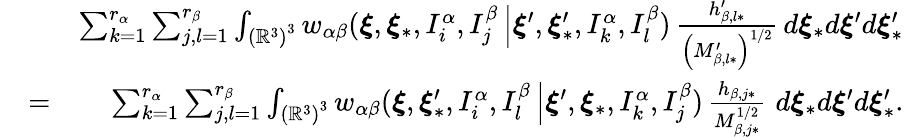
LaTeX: \begin{array}{rlr}&{}&{\sum_{k=1}^{r_{\alpha}}\sum_{j,l=1}^{r_{\beta}}\int_{\left(\mathbb{R}^{3}\right)^{3}}w_{\alpha\beta}(\boldsymbol{\xi},\boldsymbol{\xi}_{\ast},I_{i}^{\alpha},I_{j}^{\beta}\left\vert\boldsymbol{\xi}^{\prime},\boldsymbol{\xi}_{\ast}^{\prime},I_{k}^{\alpha},I_{l}^{\beta}\right.)\, \frac{h_{\beta,l\ast}^{\prime}}{\left(M_{\beta,l\ast}^{\prime}\right)^{1/2}}\, d\boldsymbol{\xi}_{\ast}d\boldsymbol{\xi}^{\prime}d\boldsymbol{\xi}_{\ast}^{\prime}}\\ &{=}&{\sum_{k=1}^{r_{\alpha}}\sum_{j,l=1}^{r_{\beta}}\int_{\left(\mathbb{R}^{3}\right)^{3}}w_{\alpha\beta}(\boldsymbol{\xi},\boldsymbol{\xi}_{\ast}^{\prime},I_{i}^{\alpha},I_{l}^{\beta}\left\vert\boldsymbol{\xi}^{\prime},\boldsymbol{\xi}_{\ast},I_{k}^{\alpha},I_{j}^{\beta}\right.)\, \frac{h_{\beta,j\ast}}{M_{\beta,j\ast}^{1/2}}\, \, d\boldsymbol{\xi}_{\ast}d\boldsymbol{\xi}^{\prime}d\boldsymbol{\xi}_{\ast}^{\prime}\mathrm{.}}\end{array}